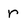
Character: r